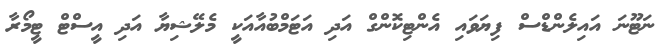
ނަޓޫނަ އައިލެންޑްސް ފިޔަވައި އެންޓިކޮންގް އަދި އަޓަމްބުއާއަކީ މެލޭޝިޔާ އަދި އީސްޓް ޓީމޯރާ